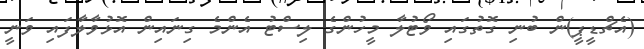
(އެޗްޑީޕީ)ން ބުނި ގޮތުގައި ވޯޓުލާ މީހުންގެ ލިސްޓު އެންމެ ގިނައިން އޮޅުވާލާފައި ވަނީ